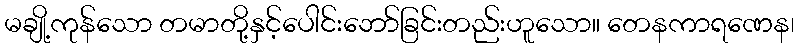
မချို့ကုန်သော တမာတို့နှင့်ပေါင်းဘော်ခြင်းတည်းဟူသော။ တေနကာရဏေန၊